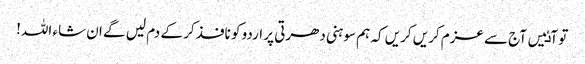
تو آٸیں آج سے عزم کریں کریں کہ ہم سوہنی دھرتی پر اردو کو نافذ کر کے دم لیں گے ان شاء اللہ!